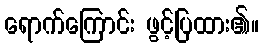
ရောက်ကြောင်း ဖွင့်ပြထား၏။